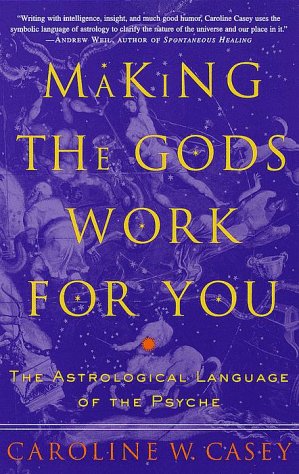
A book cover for Making the Gods Work for You: The Astrological Language of the Psyche; Caroline Casey; Self-Help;